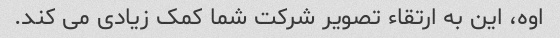
اوه، این به ارتقاء تصویر شرکت شما کمک زیادی می کند.